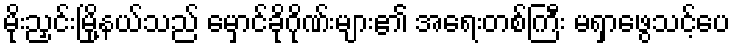
မိုးညှင်းမြို့နယ်သည် မှောင်ခိုဂိုဏ်းများ၏ အရေးတစ်ကြီး မရှာဖွေသင့်ပေ